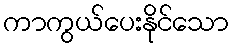
ကာကွယ်ပေးနိုင်သော